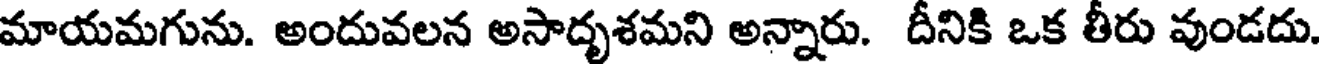
మాయమగును. అందువలన అసాదృశమని అన్నారు. దీనికి ఒక తీరు వుండదు.